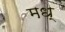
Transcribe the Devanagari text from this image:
मध्